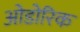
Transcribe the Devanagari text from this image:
ओडोरिक